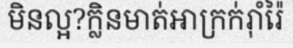
មិនល្អ?ក្លិនមាត់អាក្រក់រ៉ាំរ៉ៃ